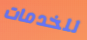
للخدمات